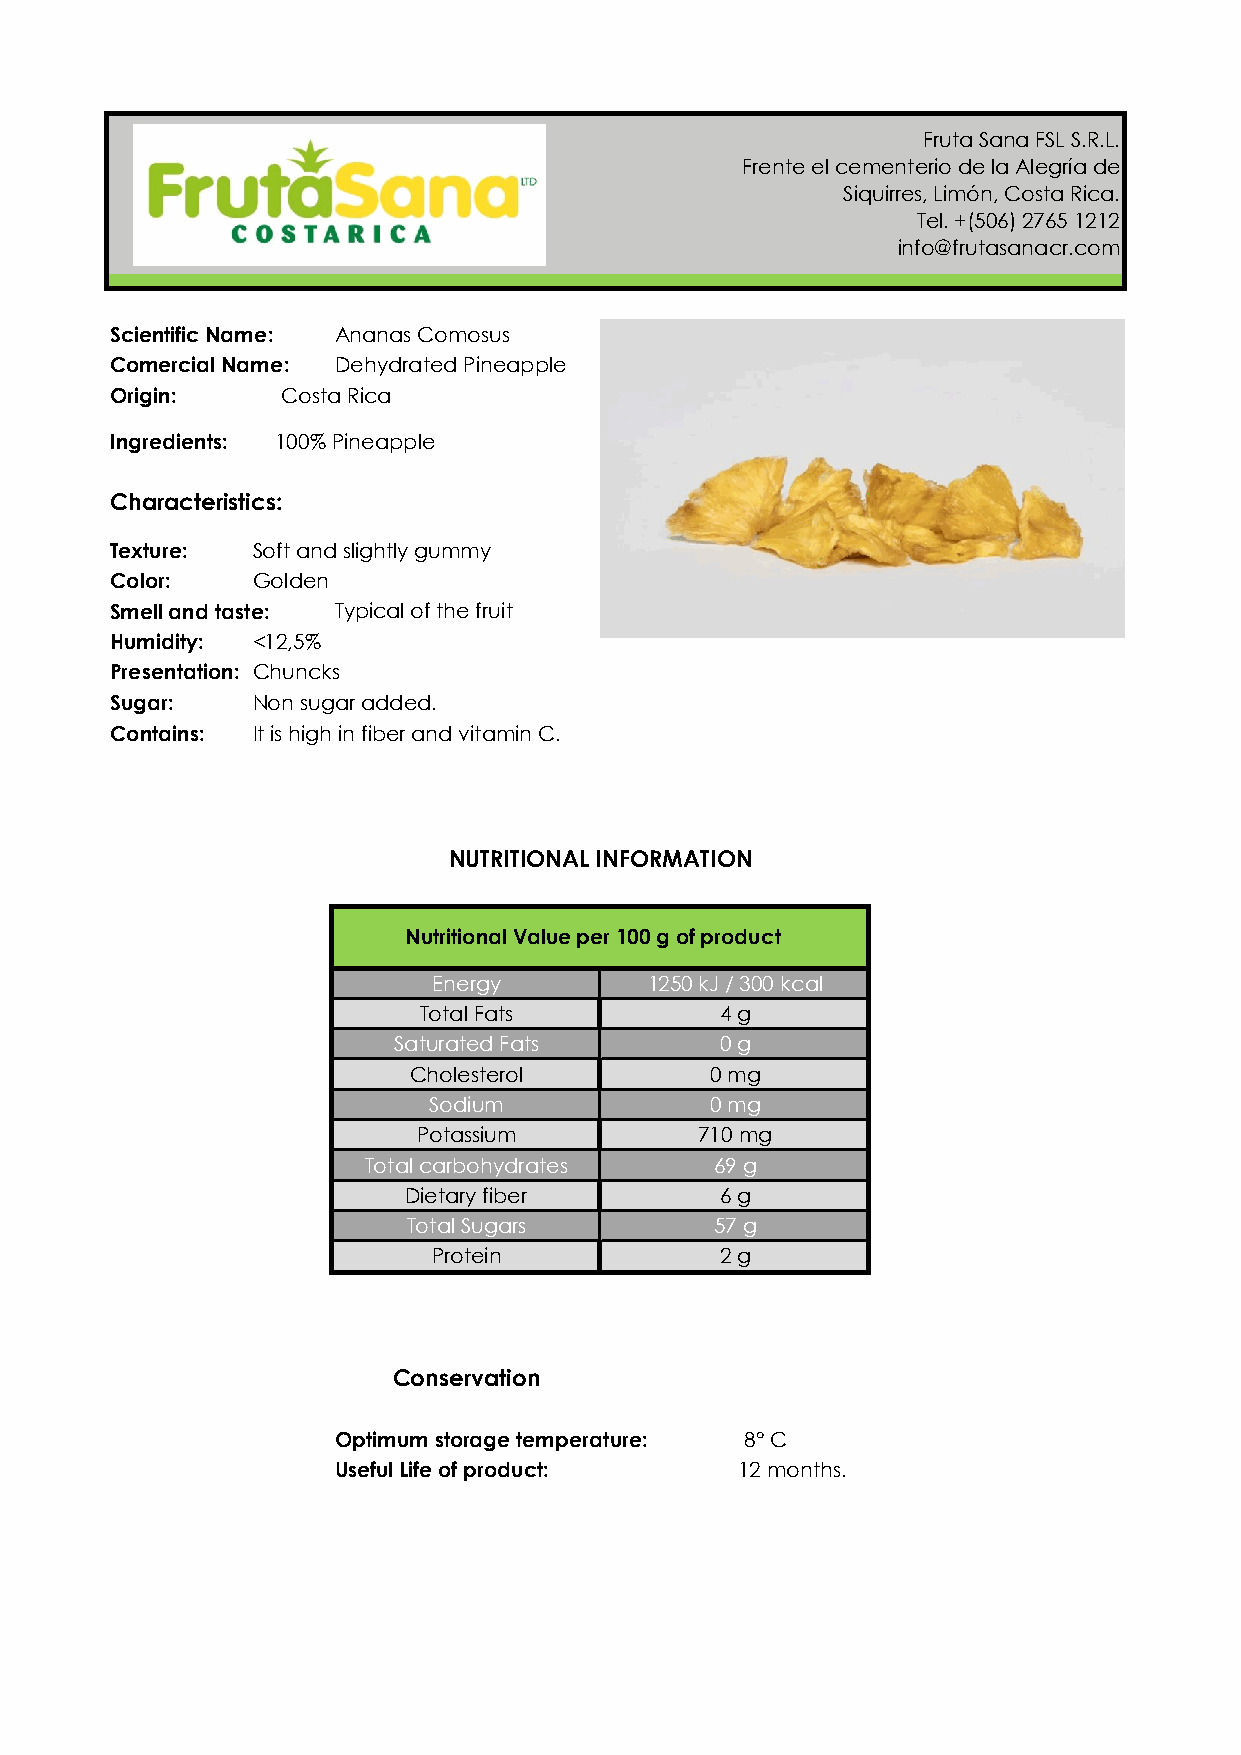
Fruta Sana FSL S.R.L.
 Frente el cementerio de la Alegría de
 Siquirres, Limón, Costa Rica.
 Tel. +(506) 2765 1212
 info@frutasanacr.com
 Scientific Name: Ananas Comosus
 Comercial Name: Dehydrated Pineapple
 Origin:     Costa Rica
 Ingredients: 100% Pineapple
 Characteristics:
 Texture:  Soft and slightly gummy
 Color:    Golden
 Smell and taste: Typical of the fruit
 Humidity: <12,5%
 Presentation: Chuncks
 Sugar:    Non sugar added.
 Contains: It is high in fiber and vitamin C.
 NUTRITIONAL INFORMATION
 Nutritional Value per 100 g of product
 Energy        1250 kJ / 300 kcal
 Total Fats          4 g
 Saturated Fats        0 g
 Cholesterol         0 mg
 Sodium             0 mg
 Potassium         710 mg
 Total carbohydrates    69 g
 Dietary fiber        6 g
 Total Sugars        57 g
 Protein            2 g
 Conservation
 Optimum storage temperature: 8° C
 Useful Life of product:    12 months.